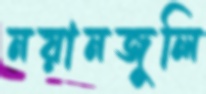
নয়ানজুলি